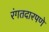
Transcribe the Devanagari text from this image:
रंगतदारपणे